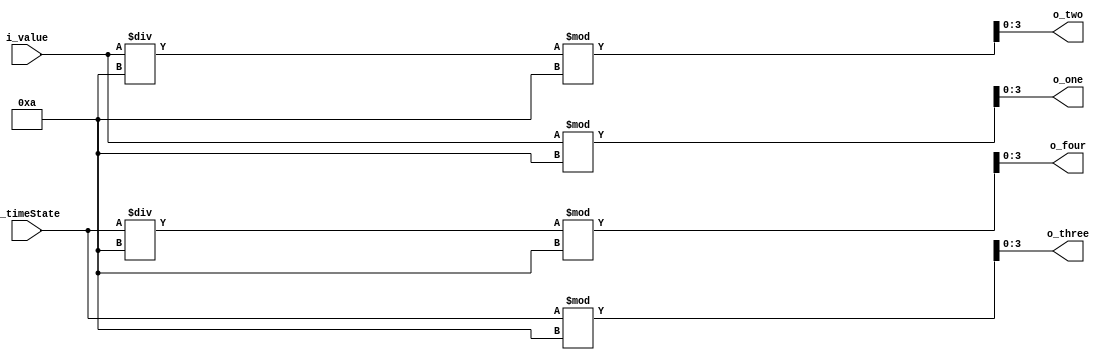
`timescale 1ns / 1ps
//////////////////////////////////////////////////////////////////////////////////
// Company: 
// Engineer: 
// 
// Design Name: 
// Module Name: digit_divider
// Project Name: 
// Target Devices: 
// Tool Versions: 
// Description: 
// 
// Dependencies: 
// 
// Revision:
// Revision 0.01 - File Created
// Additional Comments:
// 
//////////////////////////////////////////////////////////////////////////////////


module digit_divider(
    input [3:0] i_value,
    input [4:0] i_timeState,
    output [3:0] o_four, o_three, o_two, o_one
    );
    
    assign o_four = i_timeState/10%10;
    assign o_three = i_timeState%10;
    assign o_two = i_value/10%10;
    assign o_one = i_value%10;
endmodule